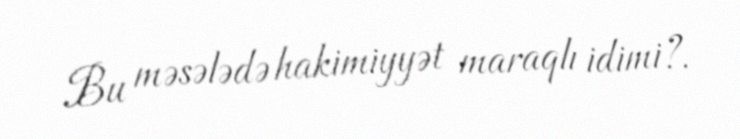
Bu məsələdə hakimiyyət maraqlı idimi?.